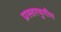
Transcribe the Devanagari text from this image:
प्रस्तरयुगीय